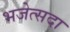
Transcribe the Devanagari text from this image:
भजेत्सदा